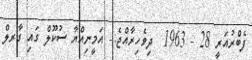
ފެބްރުއަރީ 28 - 1963  ދިވެހިރާއްޖެ:- އަމީނިއްޔާ ސުކޫލް ގައި ގާރލް